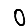
Digit: 0